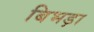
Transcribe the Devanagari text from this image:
बिभड़ा